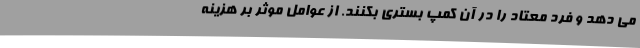
می دهد و فرد معتاد را در آن کمپ بستری بکنند. از عوامل موثر بر هزینه